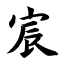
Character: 宸